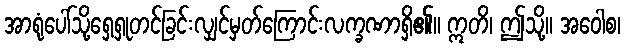
အာရုံပေါ်သို့ရှေ့ရှုတင်ခြင်းလျှင်မှတ်ကြောင်းလက္ခဏာရှိ၏။ ဣတိ၊ ဤသို့။ အဝေါစ၊